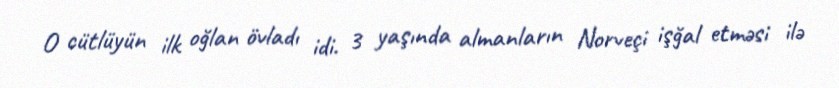
O cütlüyün ilk oğlan övladı idi. 3 yaşında almanların Norveçi işğal etməsi ilə